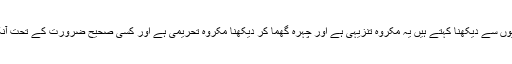
جواب : نماز مىں آنکھوں کے کونوں سے اِدھر اُدھر دیکھنا جسے کَن اَنکھیوں سے دیکھنا کہتے ہیں یہ مکروہِ تَنزیہی ہے اور چہرہ گھما کر دیکھنا مکروہِ تَحریمی ہے اور کسی صحیح ضَرورت کے تحت آنکھیں گھما کر دیکھا جائے تو اِس میں گنجائش ہے (یعنی حَرج نہیں ہے ) ۔